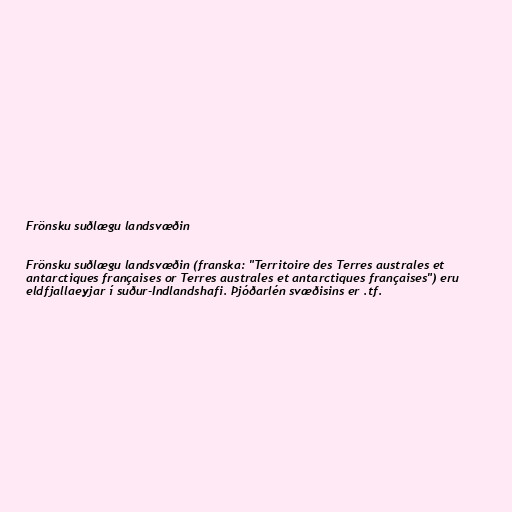
Frönsku suðlægu landsvæðin

Frönsku suðlægu landsvæðin (franska: "Territoire des Terres australes et
antarctiques françaises or Terres australes et antarctiques françaises") eru
eldfjallaeyjar í suður-Indlandshafi. Þjóðarlén svæðisins er .tf.